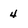
Character: 4